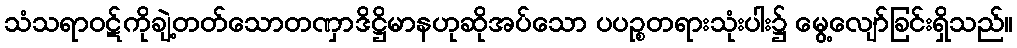
သံသရာဝဋ်ကိုချဲ့တတ်သောတဏှာဒိဋ္ဌိမာနဟုဆိုအပ်သော ပပဉ္စတရားသုံးပါး၌ မွေ့လျော်ခြင်းရှိသည်။